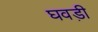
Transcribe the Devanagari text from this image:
घवड़ी